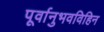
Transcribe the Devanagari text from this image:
पूर्वानुभवविहिन